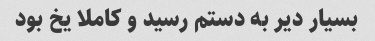
بسیار دیر به دستم رسید و کاملا یخ بود